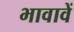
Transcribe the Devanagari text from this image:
भावावें